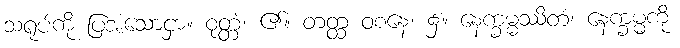
သရုပ်ကို ပြအံ့သောငှာ။ ဝုတ္တံ၊ ၏။ တတ္ထ ဝစနေ၊ ၌။ နေက္ခမ္မဿိတံ၊ နေက္ခမ္မကို